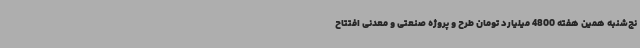
نج‌شنبه همین هفته 4800 میلیارد تومان طرح و پروژه صنعتی و معدنی افتتاح